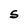
Character: S